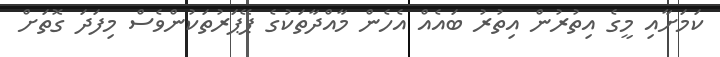
ކަމަށާއި މީގެ އިތުރުން އިތުރު ބައެއް އެހެން މާއްދާތަކުގެ ޕޭޕަރުތަކުންވެސް މިފަދަ ގޮތަށް